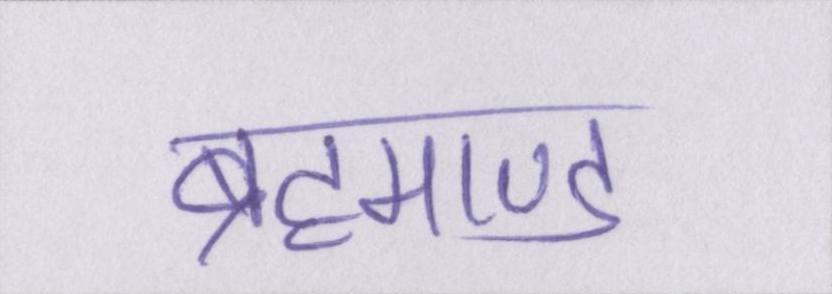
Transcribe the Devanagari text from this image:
ब्रह्माण्ड